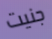
جنيت